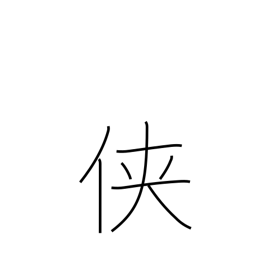
Meaning: tomboy